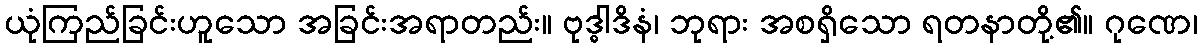
ယုံကြည်ခြင်းဟူသော အခြင်းအရာတည်း။ ဗုဒ္ဓါဒိနံ၊ ဘုရား အစရှိသော ရတနာတို့၏။ ဂုဏေ၊